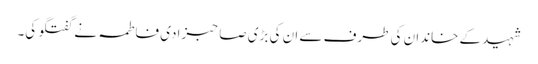
شہید کے خاندان کی طرف سے ان کی بڑی صاحبزادی فاطمہ نے گفتگو کی۔